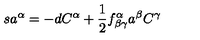
s a ^ { \alpha } = - d C ^ { \alpha } + \frac { 1 } { 2 } f _ { \beta \gamma } ^ { \alpha } a ^ { \beta } C ^ { \gamma }